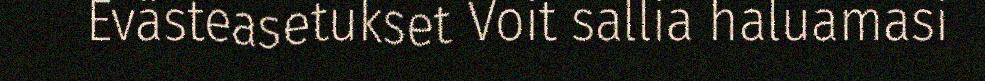
Evästeasetukset Voit sallia haluamasi